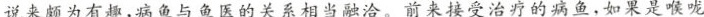
说来颇为有趣，病鱼与鱼医的关系相当融洽。前来接受治疗的病鱼，如果是喉咙